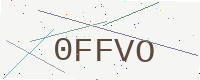
Text: 0FFVO